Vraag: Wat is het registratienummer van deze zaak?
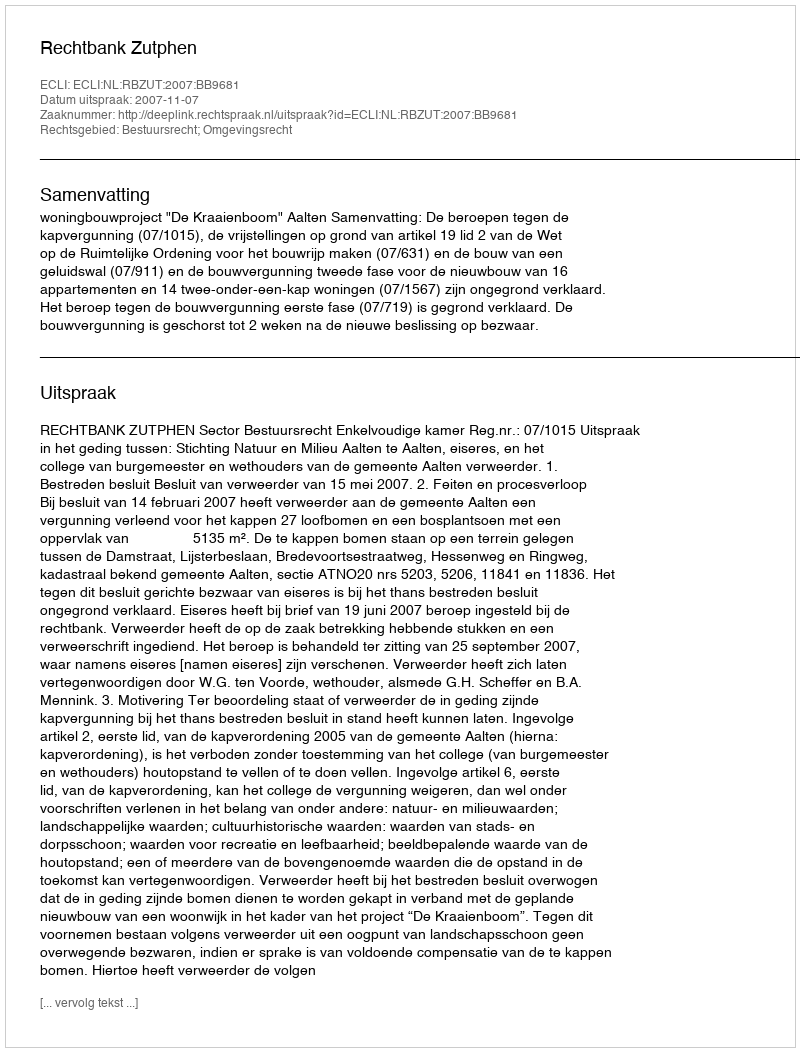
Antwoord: http://deeplink.rechtspraak.nl/uitspraak?id=ECLI:NL:RBZUT:2007:BB9681